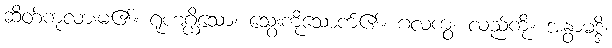
ဆိတ်ကုလားမ၏။ ရုဟဂ္ဃိသော၊ သွေးကိုသောက်၏။ ဂလကွံ၊ လည်ကို။ အနွာမဒ္ဒိ၊